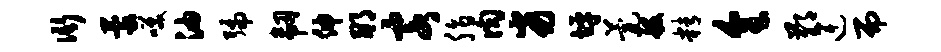
衙蒙笑油编韧伸那客脂肉劣坪甍般精全鄙连而